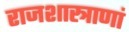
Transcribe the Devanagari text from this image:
राजशास्त्राणां